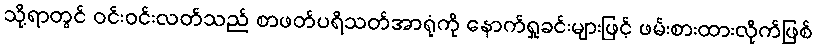
သို့ရာတွင် ဝင်းဝင်းလတ်သည် စာဖတ်ပရိသတ်အာရုံကို နောက်ရှုခင်းများဖြင့် ဖမ်းစားထားလိုက်ဖြစ်